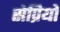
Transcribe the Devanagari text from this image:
सेप्रियो